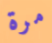
مرة